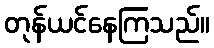
တုန်ယင်နေကြသည်။